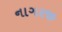
નાગરજી